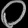
Digit: ၀